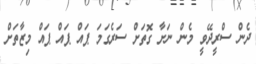
ދެން ސްރީދޭވީ މެން ނަށާ ގޮތަށް ސަރެގަމަ ޕައް ޕައް ޕައް މިޒާތަށް